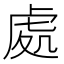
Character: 處